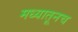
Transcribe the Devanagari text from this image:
मध्यातूनच